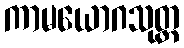
ကာမယောဂသုတ္တ